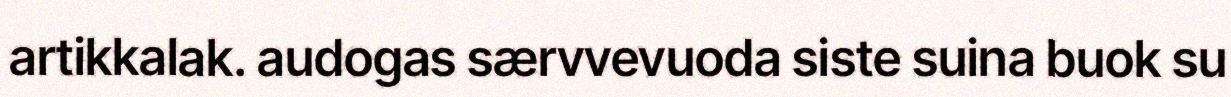
artikkalak. audogas særvvevuoda siste suina buok su